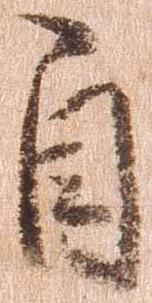
自